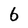
Character: 6